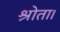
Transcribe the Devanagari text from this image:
श्रोता।